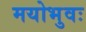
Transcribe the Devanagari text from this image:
मयोभुवः